Insane asylums Bombay 1873-77 - 1873-1877
Year: 1873
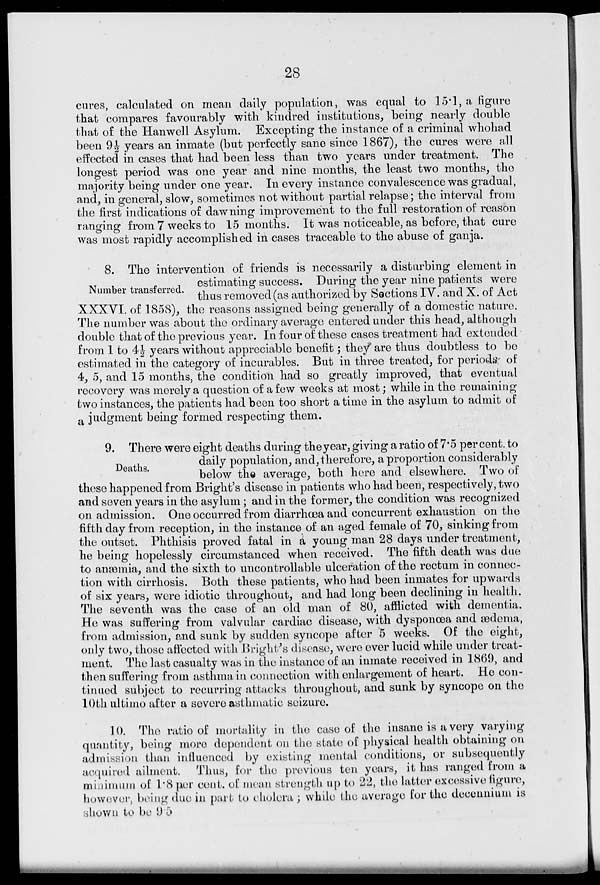
28
cures, calculated on mean daily population, was equal to 15.1, a figure
that compares favourably with kindred institutions , being nearly double
that of the Hanwell Asylum. Excepting the instance of a criminal whohad
been 9½ years an inmate (but perfectly sane since 1867), the cures were all
effected in cases that had been less than two years under treatment. The
longest period was one year and nine months, the least two months, the
majority being under one year. In every instance convalescence was gradual,
and, in general, slow, sometimes not without partial relapse; the interval from
the first indications of dawning improvement to the full restoration of reason
ranging from 7 weeks to 15 months. It was noticeable, as before, that cure
was most rapidly accomplished in cases traceable to the abuse of ganja.
Number transferred.
8. The intervention of friends is necessarily a disturbing element in
estimating success. During the year nine patients were
thus removed (as authorized by Sections IV. and X. of Act
XXXVI. of 1858), the reasons assigned being generally of a domestic nature.
The number was about the ordinary average entered under this head, although
double that of the previous year. In four of these cases treatment had extended
from 1 to 4½ years without appreciable benefit ; they are thus doubtless to be
estimated in the category of incurables. But in three treated, for periods: of
4, 5, and 15 months, the condition had so greatly improved, that eventual
recovery was merely a question of a few weeks at most; while in the remaining
two instances, the patients had been too short a time in the asylum to admit of
a judgment being formed respecting them.
Deaths.
9. There were eight deaths during the year, giving a ratio of 7.5 per cent. to
daily population, and, therefore, a proportion considerably
below the average, both here and elsewhere. Two of
these happened from Bright's disease in patients who had been, respectively, two
and seven years in the asylum; and in the former, the condition was recognized
on admission. One occurred from diarrhœa and concurrent exhaustion on the
fifth day from reception, in the instance of an aged female of 70, sinking from
the outset. Phthisis proved fatal in a young man 28 days under treatment,
he being hopelessly circumstanced when received. The fifth death was due
to anæmia, and the sixth to uncontrollable ulceration of the rectum in connec-
tion with cirrhosis. Both these patients, who had been inmates for upwards
of six years, were idiotic throughout, and had long been declining in health.
The seventh was the case of an old man of 80, afflicted with dementia.
He was suffering from valvular cardiac disease, with dysponœa and ædema,
from admission, and sunk by sudden syncope after 5 weeks. Of the eight,
only two, those affected with Bright's disease, were over lucid while under treat-
ment. The last casualty was in the instance of an inmate received in 1869, and
then suffering from asthma in connection with enlargement of heart. He con-
tinued subject to recurring attacks throughout, and sunk by syncope on the
10th ultimo after a severe asthmatic seizure.
10. The ratio of mortality in the case of the insane is a very varying
quantity, being more dependent on the state of physical health obtaining on
admission than influenced by existing mental conditions, or subsequently
acquired ailment. Thus, for the previous ten years, it has ranged from a
minimum of 1.8 per cent. of mean strength up to 22, the latter excessive figure,
however, being due in part to cholera ; while the average for the decennium is
shown to be 95